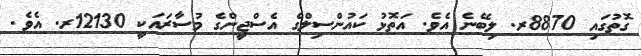
ގޮތުގައި 8870ރ. ލިބޭނެ އެވެ. އަތޮޅު ކައުންސިލްގެ އެސްޖީންގެ މުސާރައަކީ 12130ރ. އެވެ.